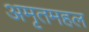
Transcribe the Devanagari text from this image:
अमृतमहल